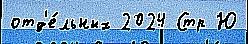
отд'е́льных 2024 Стр Ю